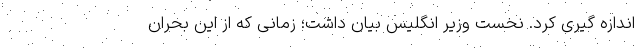
اندازه گیری کرد. نخست وزیر انگلیس بیان داشت؛ زمانی که از این بحران